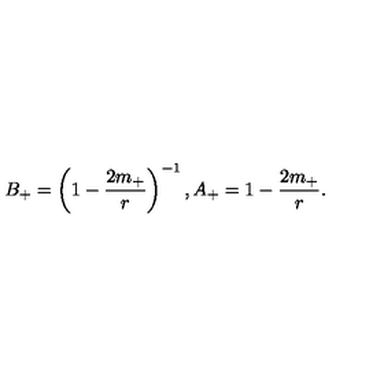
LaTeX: B _ { + } = \left( 1 - \frac { 2 m _ { + } } { r } \right) ^ { - 1 } , A _ { + } = 1 - \frac { 2 m _ { + } } { r } .